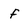
Character: f